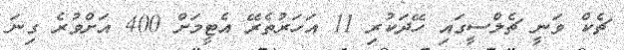
ޗެކް ވަނީ ޗެލްސީގައި ހޭދަކުރި 11 އަހަރުތެރޭ އެޓީމަށް 400 އަށްވުރެ ގިނަ